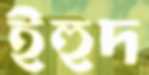
ইহুদ